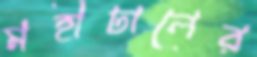
মহীঢালের